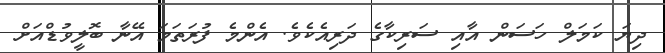
ދިޔަ ކަމަލް ހަސަން އާއި ސަރިކާގެ ދަރިއެކެވެ. އެންމެ ފުރަތަމަ އޭނާ ބޮލީވުޑްއަށް